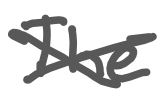
Text: The
Cross-out: cross
Writing tool: digital_gray